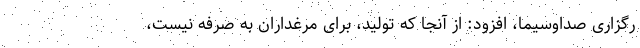
رگزاری صداوسیما، افزود: از آنجا که تولید، برای مرغداران به صرفه نیست،